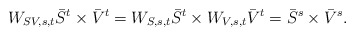
\begin{align*}W_{SV,s,t} \bar{S}^{t} \times\bar{V}^{t}=W_{S,s,t}\bar{S}^{t}\times W_{V,s,t}\bar{V}^{t}=\bar{S}^{s}\times\bar{V}^{s}. \end{align*}